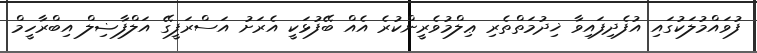
ފުވައްމުލަކުގައި އުފެދިފައިވާ ޚިދުމަތްތެރި ޢިލްމުވެރީންކުރެ އެއް ބޭފުޅަކީ އެރަށު އަސްރަފީގޭ އަލްފާޟިލް އިބްރާހީމް